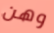
وهن